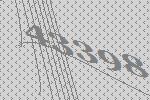
43398